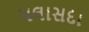
પલાસદા